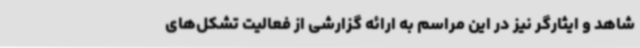
شاهد و ایثارگر نیز در این مراسم به ارائه گزارشی از فعالیت تشکل‌های